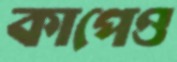
কাপেও